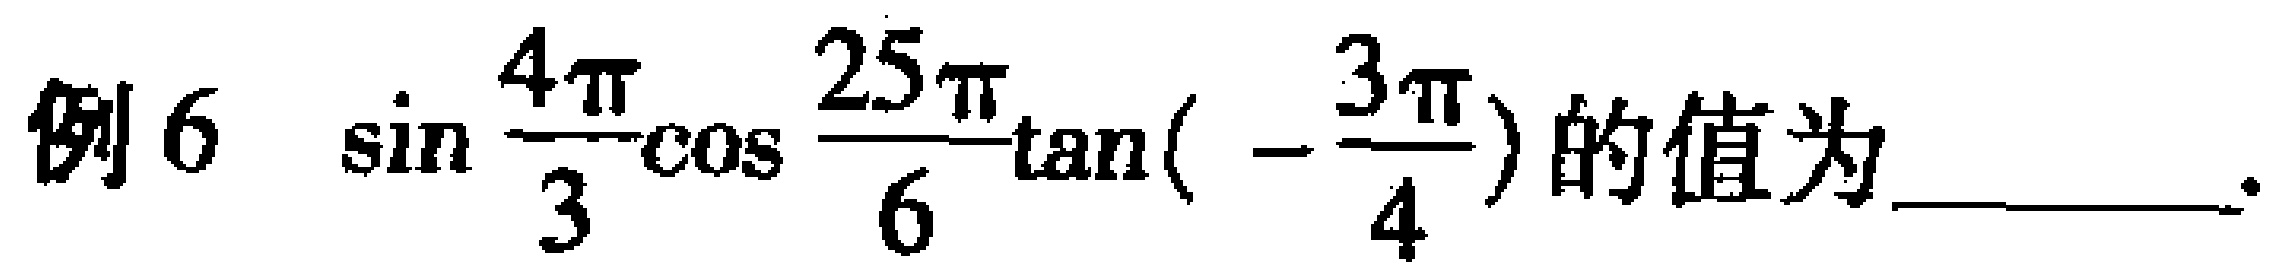
例6 $\sin\frac{4\pi}{3}\cos\frac{25\pi}{6}\tan(-\frac{3\pi}{4})$的值为________.